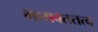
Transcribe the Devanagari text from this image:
भागवततत्व